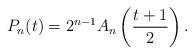
LaTeX: \begin{align*}P_n(t) = 2^{n-1} A_n \left(\frac{t+1}{2}\right).\end{align*}